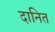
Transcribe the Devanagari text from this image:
दानित